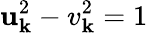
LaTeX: \mathbf{u}_{\mathbf{k}}^{2}-v_{\mathbf{k}}^{2}=1